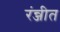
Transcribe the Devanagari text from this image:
रंन्जीत